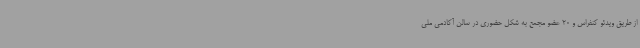
از طریق ویدئو کنفراس و 20 عضو مجمع به شکل حضوری در سالن آکادمی ملی